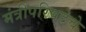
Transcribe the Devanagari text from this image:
मंत्रीपरिषदेचे